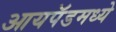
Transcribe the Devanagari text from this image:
आयपॅडमध्ये